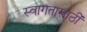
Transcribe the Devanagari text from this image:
स्वागतासाठीं